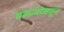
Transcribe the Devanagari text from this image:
घमन्यांमधून